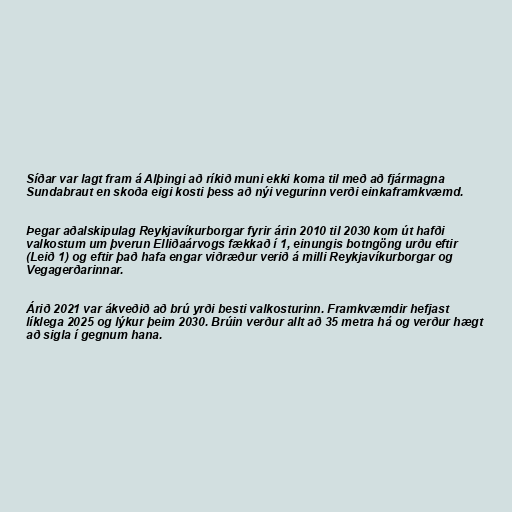
Síðar var lagt fram á Alþingi að ríkið muni ekki koma til með að fjármagna
Sundabraut en skoða eigi kosti þess að nýi vegurinn verði einkaframkvæmd.

Þegar aðalskipulag Reykjavíkurborgar fyrir árin 2010 til 2030 kom út hafði
valkostum um þverun Elliðaárvogs fækkað í 1, einungis botngöng urðu eftir
(Leið 1) og eftir það hafa engar viðræður verið á milli Reykjavíkurborgar og
Vegagerðarinnar.

Árið 2021 var ákveðið að brú yrði besti valkosturinn. Framkvæmdir hefjast
líklega 2025 og lýkur þeim 2030. Brúin verður allt að 35 metra há og verður hægt
að sigla í gegnum hana.